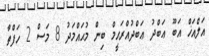
އަލްއަޚް އަބޫ ޢަބްދު ޢަބްދުއްރަޙީމް ބިން މުޙައްމަދު 8 މަސް 2 ހަފްތާ